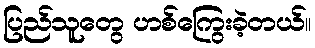
ပြည်သူတွေ ဟစ်ကြွေးခဲ့တယ်။